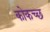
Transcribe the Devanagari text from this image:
कोकच्छ